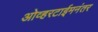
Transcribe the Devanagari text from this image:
ओव्हरटाईमनंतर